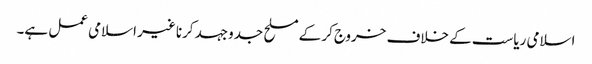
اسلامی ریاست کے خلاف خروج کر کے مسلح جدوجہد کرنا غیر اسلامی عمل ہے۔